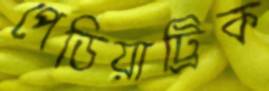
পেডিয়াট্রিক